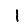
Digit: 1